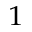
^ { 1 }